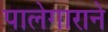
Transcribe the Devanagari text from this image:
पालेगाराने